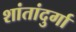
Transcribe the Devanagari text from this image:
शांतांदुर्गा